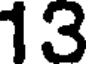
13